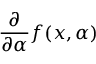
{ \frac { \partial } { \partial \alpha } } f ( x , \alpha )